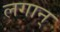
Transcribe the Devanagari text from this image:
लगान्‌